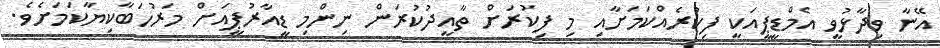
އޭނާ ވިދާޅުވީ އެމްޑީޕީއަކީ ފިކުރެއްކަމަށާއި މި ފިކުރަށް ތާއީދުކުރަން ނިންމި ޑީއާރުޕީއަށް މަރުހަބާކިޔާކަމަށެވެ.